Indian journal of veterinary science and animal husbandry - Volume 13,
Year: 1943
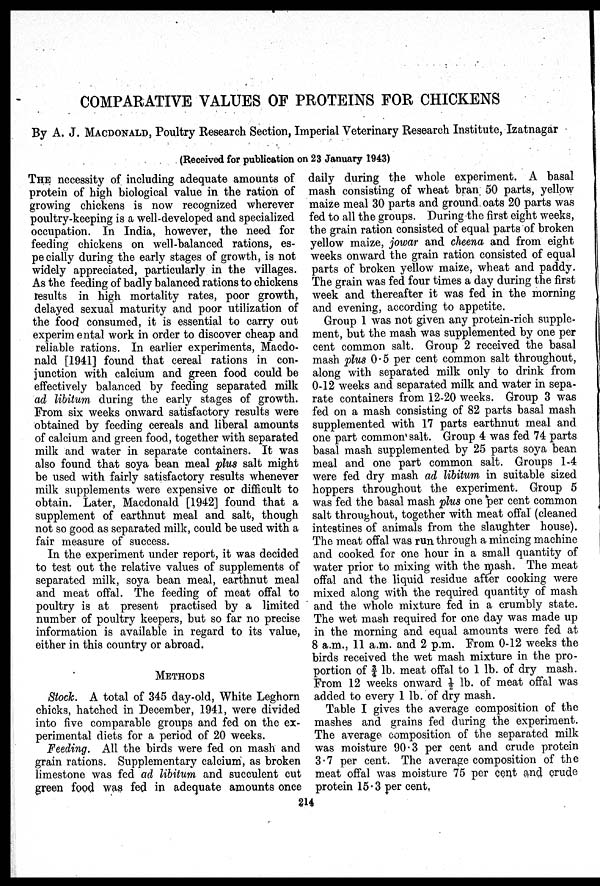
COMPARATIVE VALUES OF PROTEINS FOR CHICKENS
By A. J. MACDONALD, Poultry Research Section, Imperial Veterinary Research Institute, Izatnagar
(Received for publication on 23 January 1943)
THE necessity of including adequate amounts of
protein of high biological value in the ration of
growing chickens is now recognized wherever
poultry-keeping is a well-developed and specialized
occupation. In India, however, the need for
feeding chickens on well-balanced rations, es-
pe cially during the early stages of growth, is not
widely appreciated, particularly in the villages.
As the feeding of badly balanced rations to chickens
results in high mortality rates, poor growth,
delayed sexual maturity and poor utilization of
the food consumed, it is essential to carry out
experim ental work in order to discover cheap and
reliable rations. In earlier experiments, Macdo-
nald [1941] found that cereal rations in con-
junction with calcium and green food could be
effectively balanced by feeding separated milk
ad libitum during the early stages of growth.
From six weeks onward satisfactory results were
obtained by feeding cereals and liberal amounts
of calcium and green food, together with separated
milk and water in separate containers. It was
also found that soya bean meal plus salt might
be used with fairly satisfactory results whenever
milk supplements were expensive or difficult to
obtain. Later, Macdonald [1942] found that a
supplement of earthnut meal and salt, though
not so good as separated milk, could be used with a
fair measure of success.
In the experiment under report, it was decided
to test out the relative values of supplements of
separated milk, soya bean meal, earthnut meal
and meat offal. The feeding of meat offal to
poultry is at present practised by a limited
number of poultry keepers, but so far no precise
information is available in regard to its value,
either in this country or abroad.
METHODS
Stock. A total of 345 day-old, White Leghorn
chicks, hatched in December, 1941, were divided
into five comparable groups and fed on the ex-
perimental diets for a period of 20 weeks.
Feeding. All the birds were fed on mash and
grain rations. Supplementary calcium, as broken
limestone was fed ad libitum and succulent cut
green food was fed in adequate amounts once
daily during the whole experiment. A basal
mash consisting of wheat bran 50 parts, yellow
maize meal 30 parts and ground oats 20 parts was
fed to all the groups. During the first eight weeks,
the grain ration consisted of equal parts of broken
yellow maize, jowar and cheena and from eight
weeks onward the grain ration consisted of equal
parts of broken yellow maize, wheat and paddy.
The grain was fed four times a day during the first
week and thereafter it was fed in the morning
and evening, according to appetite.
Group 1 was not given any protein-rich supple-
ment, but the mash was supplemented by one per
cent common salt. Group 2 received the basal
mash plus 0.5 per cent common salt throughout,
along with separated milk only to drink from
0-12 weeks and separated milk and water in sepa-
rate containers from 12-20 weeks. Group 3 was
fed on a mash consisting of 82 parts basal mash
supplemented with 17 parts earthnut meal and
one part common salt. Group 4 was fed 74 parts
basal mash supplemented by 25 parts soya bean
meal and one part common salt. Groups 1-4
were fed dry mash ad libitum in suitable sized
hoppers throughout the experiment. Group 5
was fed the basal mash plus one per cent common
salt throughout, together with meat offal (cleaned
intestines of animals from the slaughter house).
The meat offal was run through a mincing machine
and cooked for one hour in a small quantity of
water prior to mixing with the mash. The meat
offal and the liquid residue after cooking were
mixed along with the required quantity of mash
and the whole mixture fed in a crumbly state.
The wet mash required for one day was made up
in the morning and equal amounts were fed at
8 a.m., 11 a.m. and 2 p.m. From 0-12 weeks the
birds received the wet mash mixture in the pro-
portion of 3/4 lb. meat offal to 1 lb. of dry mash.
From 12 weeks onward ½ lb. of meat offal was
added to every 1 lb. of dry mash.
Table I gives the average composition of the
mashes and grains fed during the experiment.
The average composition of the separated milk
was moisture 90.3 per cent and crude protein
3.7 per cent. The average composition of the
meat offal was moisture 75 per cent and crude
protein 15.3 per cent.
214